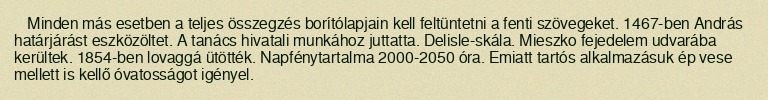
Minden más esetben a teljes összegzés borítólapjain kell feltüntetni a fenti szövegeket. 1467-ben András határjárást eszközöltet. A tanács hivatali munkához juttatta. Delisle-skála. Mieszko fejedelem udvarába kerültek. 1854-ben lovaggá ütötték. Napfénytartalma 2000-2050 óra. Emiatt tartós alkalmazásuk ép vese mellett is kellő óvatosságot igényel.